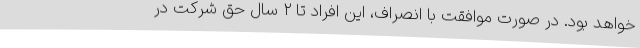
خواهد بود. در صورت موافقت با انصراف، این افراد تا ۲ سال حق شرکت در